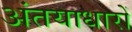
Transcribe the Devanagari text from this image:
अंतयाधारों